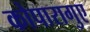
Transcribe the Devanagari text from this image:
कोपारागुए